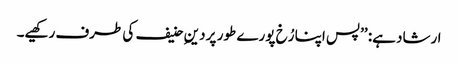
ارشاد ہے: ’’پس اپنا رُخ پورے طور پر دینِ حنیف کی طرف رکھیے۔